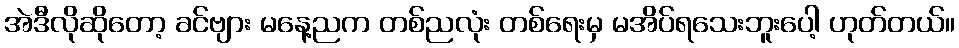
အဲဒီလိုဆိုတော့ ခင်ဗျား မနေ့ညက တစ်ညလုံး တစ်ရေးမှ မအိပ်ရသေးဘူးပေါ့ ဟုတ်တယ်။